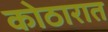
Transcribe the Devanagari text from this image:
कोठारात